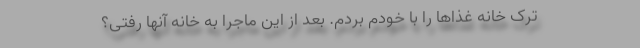
ترک خانه غذاها را با خودم بردم. بعد از این ماجرا به خانه آنها رفتی؟